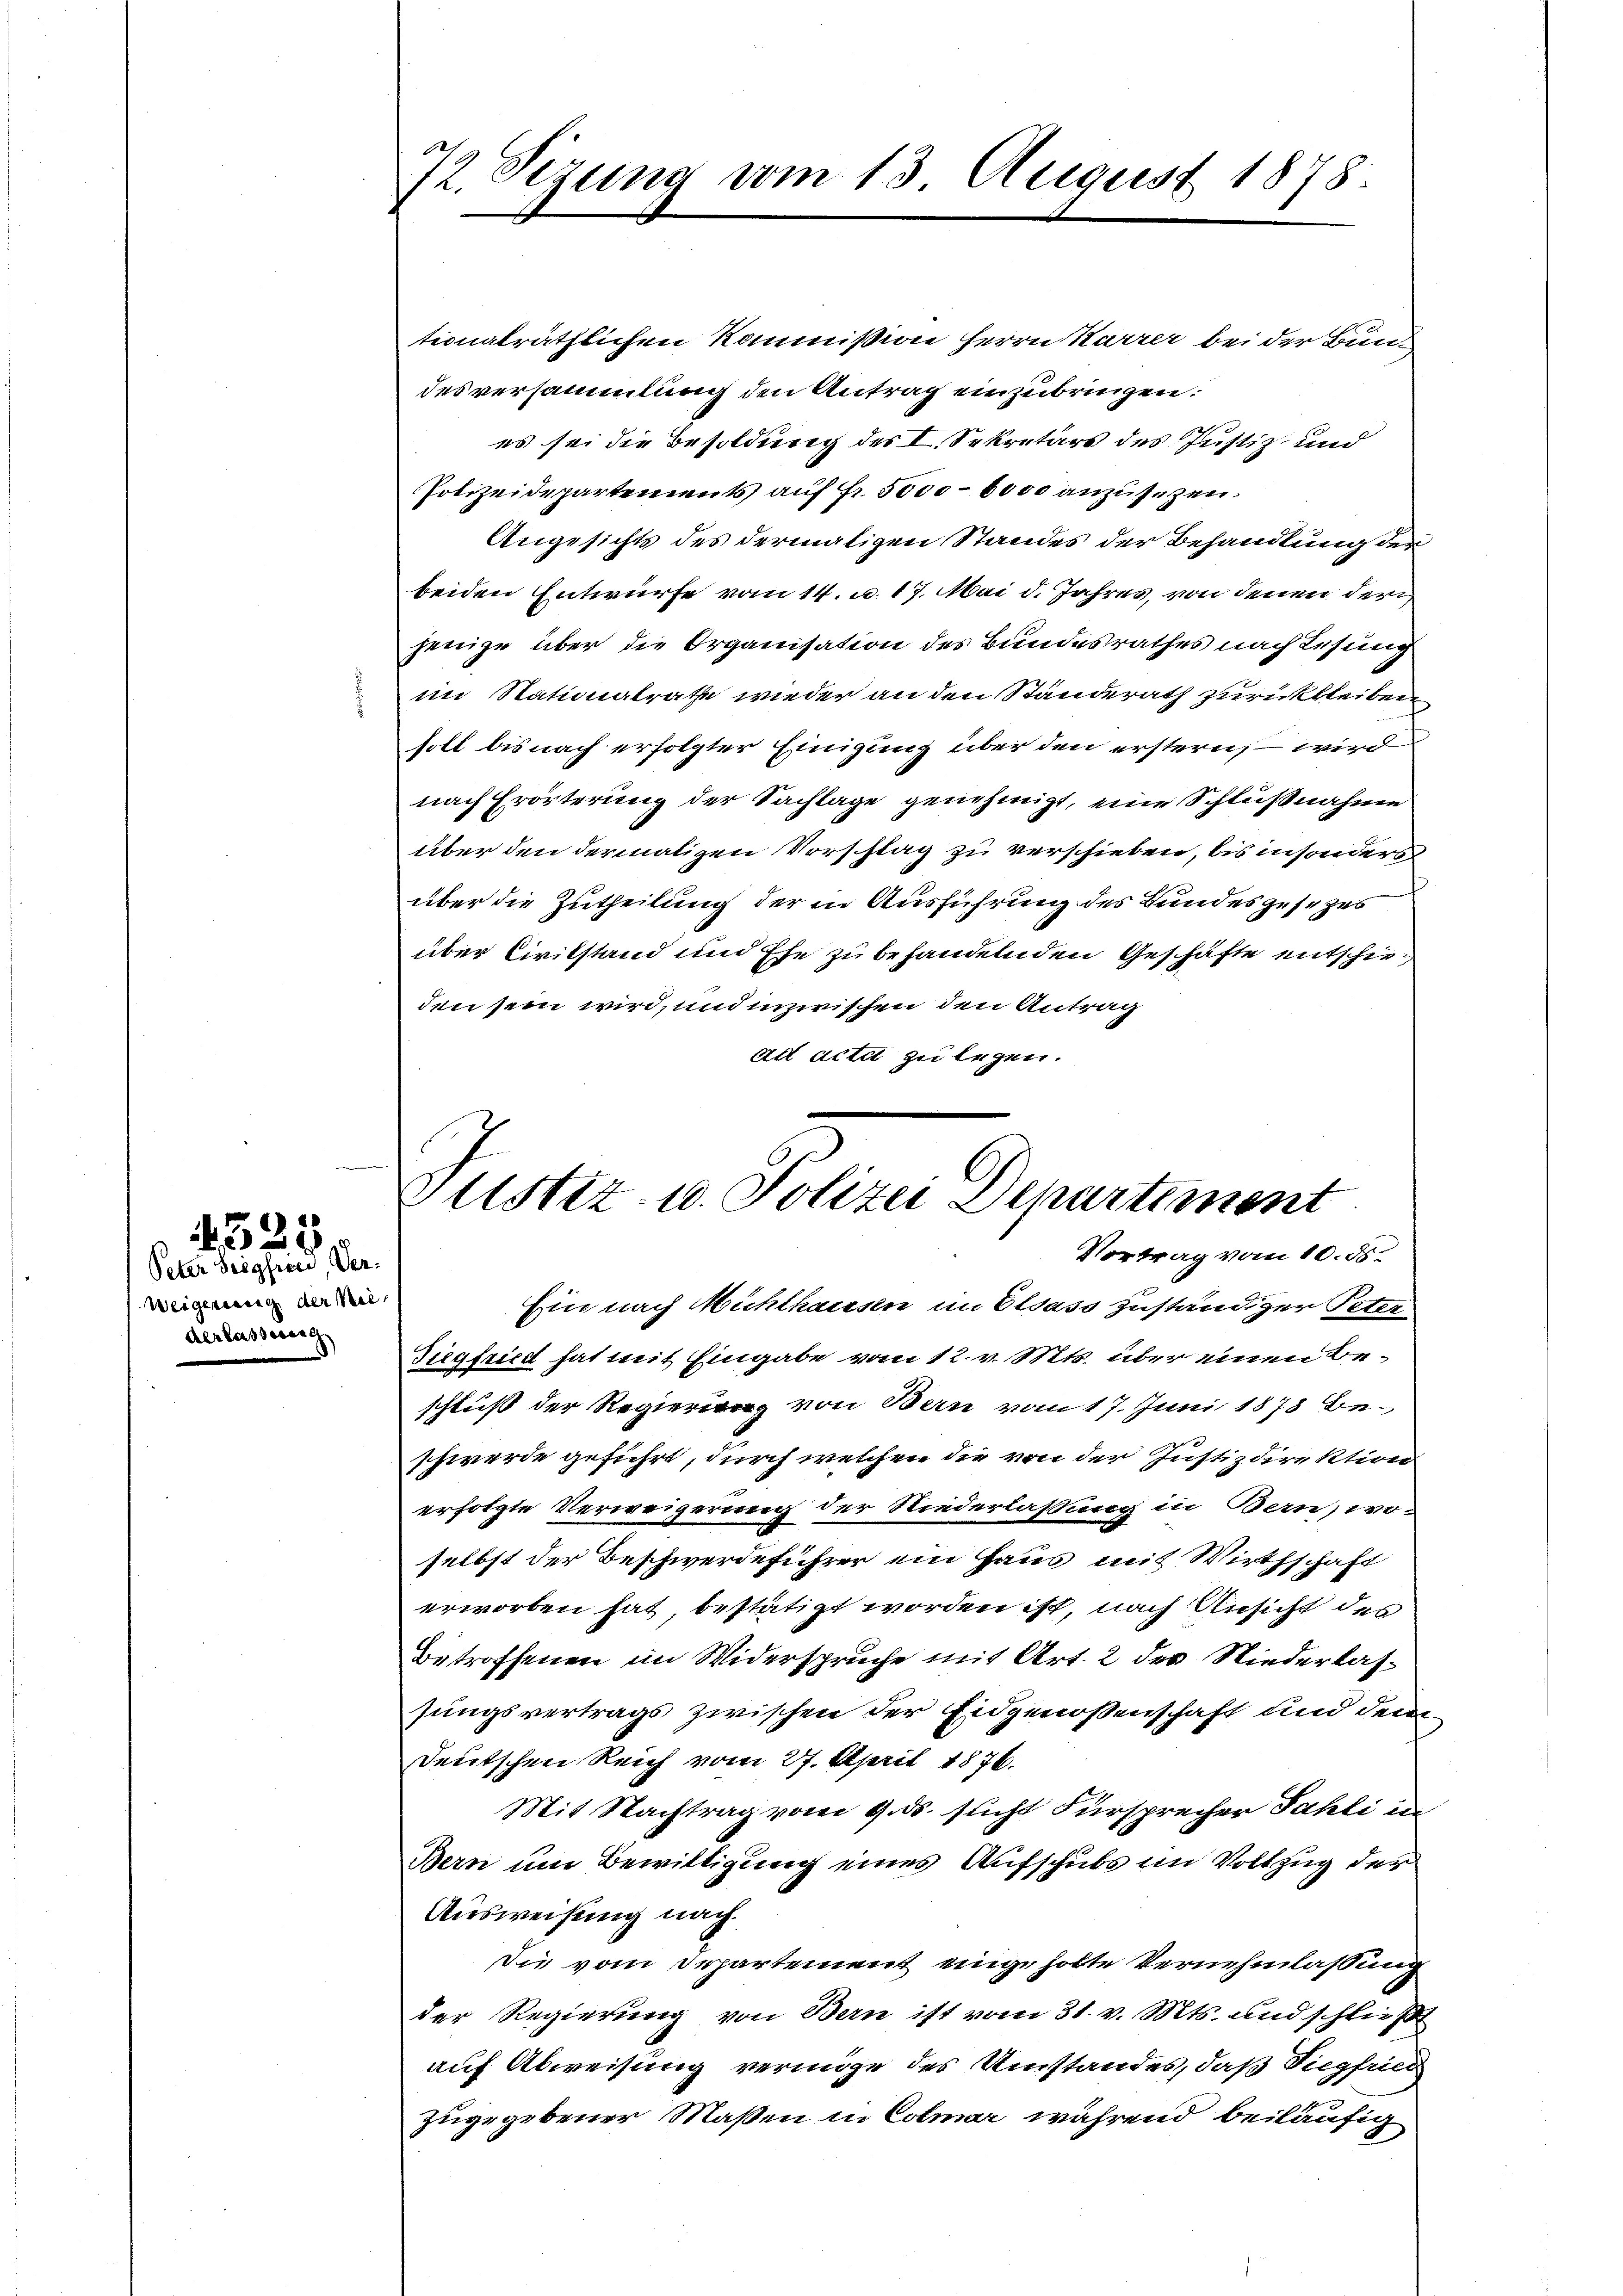
Peter Seigfried, Ver¬
Weigerung der Nie¬
Aerlassereng

4525

72. Sizung vom 13. August 1878

Justiz- u. Polizei Departiment
Vortrag vom 10. ds.

tionalräthlichen Kommission Herrn Karrer bei der Bundesversammlung den Antrag einzubringen:
es sei die Besoldung des I. Sekretärs des Justiz und
Polizeidepartements auf Fr. 5000–6000 anzusezen.
Angesichts des dermaligen Standes der Behandlung der
beiden Entwurfe vom 14. u. 17. Mai d. Jahres, von denen derjenige über die Organisation des Bundesrathes nach Lesung
im Stationalrathe wieder an den Standerath zurückbleiben
soll bis nach erfolgter Einigung über den erstern wird
nach Erörterung der Sachlage genehmigt, eine Schlußnahme
über den dermaligen Vorschlag zu verschieben, bis insonders
über die Zutheilung der in Ausführung des Bundes gesezes
über Civilstand und Ehe zu behandelnden Geschäfte entschieden sein wird, und inzwischen den Antrag
ad actat zu legen.

Ein nach Michthausen im Elsass zuständiger Peter
Siegfried hat mit Eingabe vom 12. v. Mts. über einen Beschluß der Regierung von Bern vom 17. Juni 1878 beschwerde geführt, durch welchen die von der Justizdirektion
erfolgte Verweigerung der Niederlaßung in Bern, wo-
selbst der Beschwerdeführer ein Haus mit Wirthschaft
erworben hat bestätigt worden ist, nach Ansicht des
Betroffenen im Widersprüche mit Art. 2 der Niederlassungsvertrags zwischen der Eidgenossenschaft und dem
Deutschen Reich vom 27. April 1876.
Mit Nachtrag vom 9. ds. sucht Fürsprecher Fahli in
Bern um Bewilligung eines Aufschubs im Vollzug der
Ausweisung nach
Die vom Departement eingeholte Vernehmlassung
der Regierung von Bern ist vom 31. v. Mts. und schließt
auf Abweisung vermöge des Umstandes, daß Siegfried
zugegebener Maßen in Colmar während beiläufig